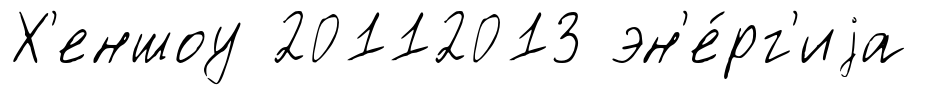
Х'еншоу 20112013 эн'е́рг'иjа